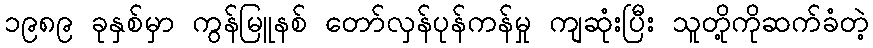
၁၉၈၉ ခုနှစ်မှာ ကွန်မြူနစ် တော်လှန်ပုန်ကန်မှု ကျဆုံးပြီး သူတို့ကိုဆက်ခံတဲ့